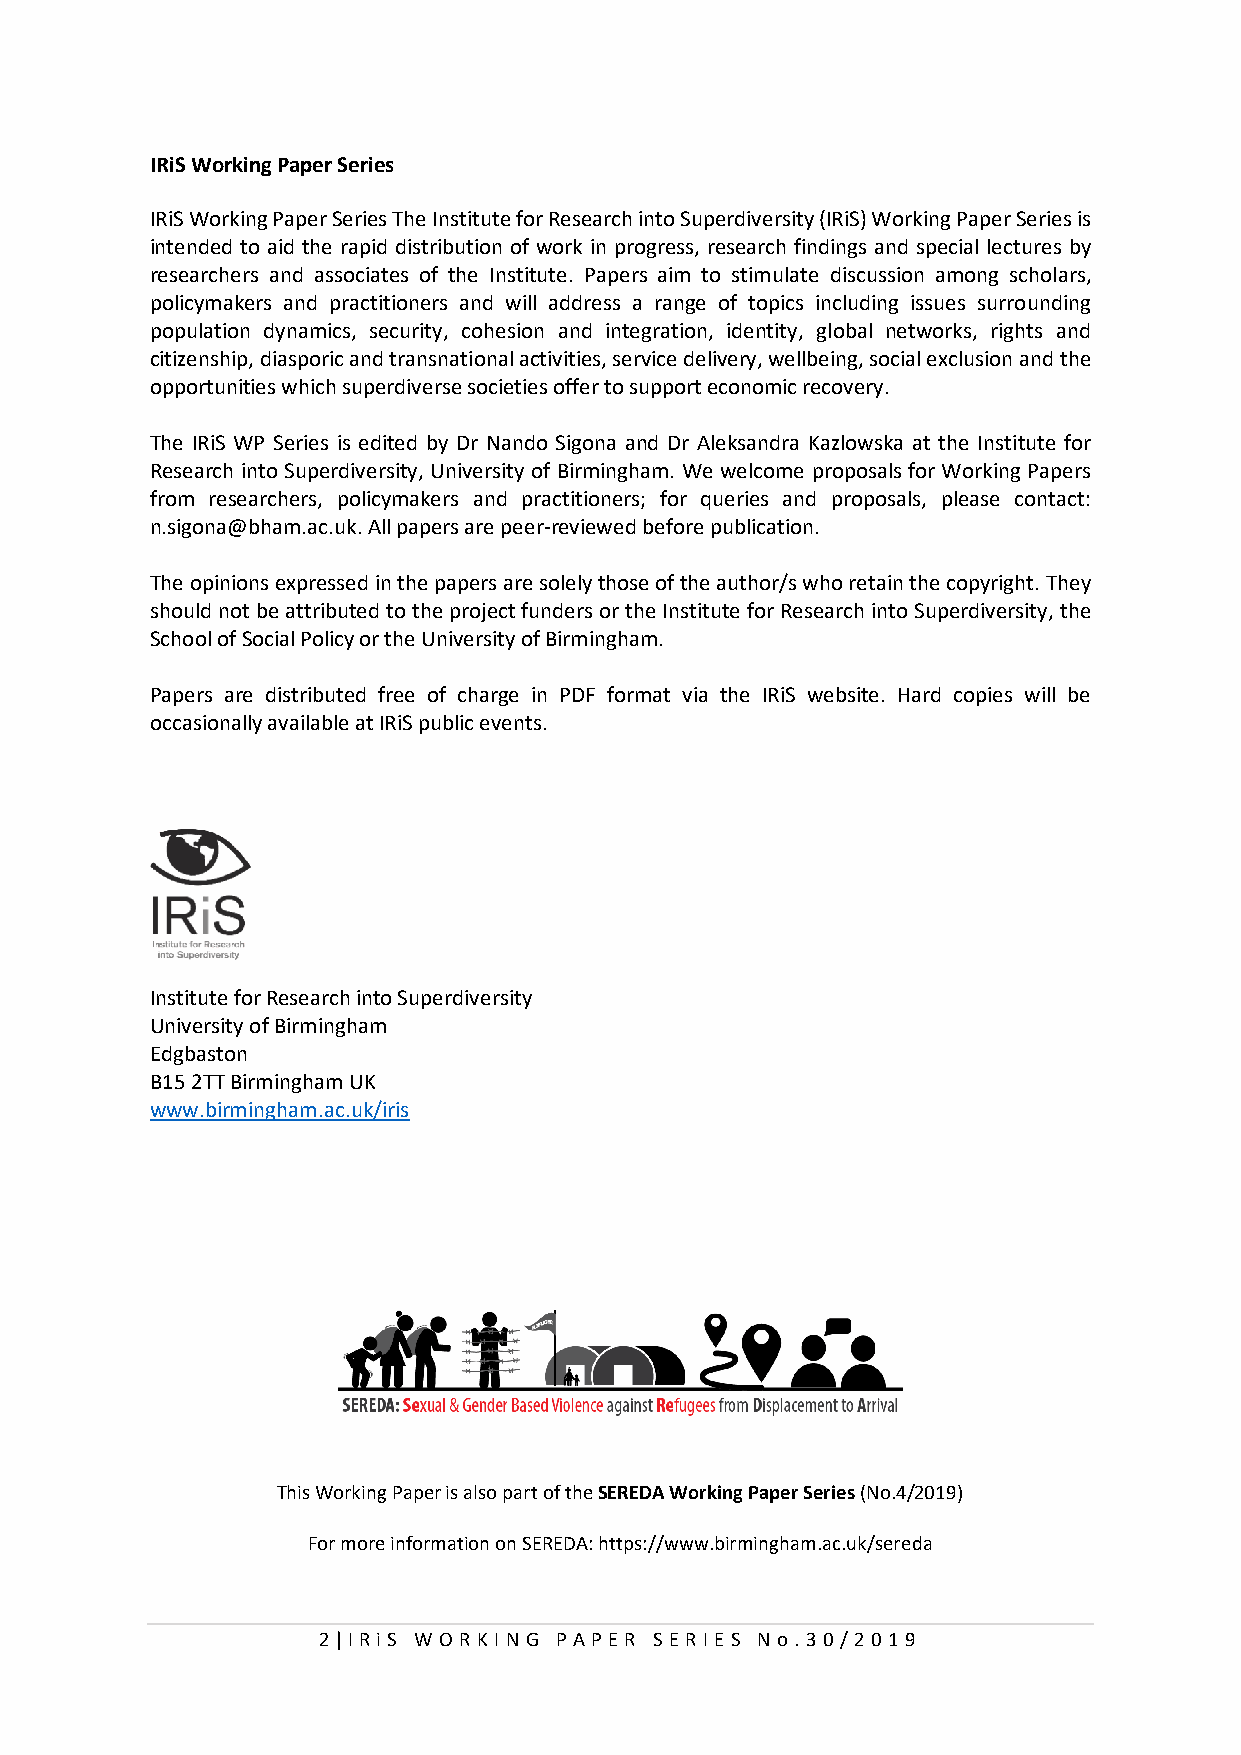
IRiS Working Paper Series
 IRiS Working Paper Series The Institute for Research into Superdiversity (IRiS) Working Paper Series is
 intended to aid the rapid distribution of work in progress, research findings and special lectures by
 researchers and associates of the Institute. Papers aim to stimulate discussion among scholars,
 policymakers and practitioners and will address a range of topics including issues surrounding
 population dynamics, security, cohesion and integration, identity, global networks, rights and
 citizenship, diasporic and transnational activities, service delivery, wellbeing, social exclusion and the
 opportunities which superdiverse societies offer to support economic recovery.
 The IRiS WP Series is edited by Dr Nando Sigona and Dr Aleksandra Kazlowska at the Institute for
 Research into Superdiversity, University of Birmingham. We welcome proposals for Working Papers
 from researchers, policymakers and practitioners; for queries and proposals, please contact:
 n.sigona@bham.ac.uk. All papers are peer-reviewed before publication.
 The opinions expressed in the papers are solely those of the author/s who retain the copyright. They
 should not be attributed to the project funders or the Institute for Research into Superdiversity, the
 School of Social Policy or the University of Birmingham.
 Papers are distributed free of charge in PDF format via the IRiS website. Hard copies will be
 occasionally available at IRiS public events.
 Institute for Research into Superdiversity
 University of Birmingham
 Edgbaston
 B15 2TT Birmingham UK
 www.birmingham.ac.uk/iris
 This Working Paper is also part of the SEREDA Working Paper Series (No.4/2019)
 For more information on SEREDA: https://www.birmingham.ac.uk/sereda
 2 | I RiS W O R KI N G P AP E R SE RI E S N o . 30/2019